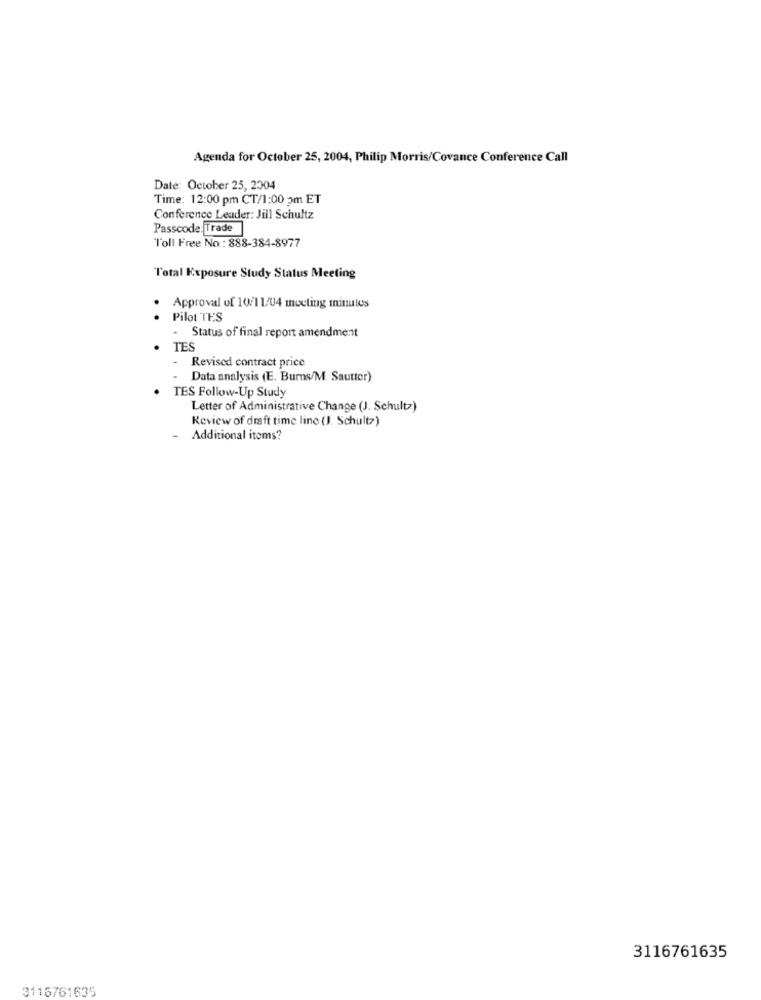
Agenda for October 25, 2004, Philip Morris/Covance Conference Call
Date: October 25, 2004
Time: 12:00 pm CT/1:00 om ET
Conference Leader: Jill Schultz
Passcode: Trade
Toll Free No .: 888-384-8977
Total Exposure Study Status Meeting
Approval of 10/11/04 mocting minutes
Pilot TES
Status of final report amendment
TES
-
Revised contract price
Data analysis (E. Burns/M. Sautter)
. TES Follow-Up Study
Letter of Administrative Change (J. Schultz)
Review of draft time line (J. Schultz)
Additional items?
3116761635
3115761635